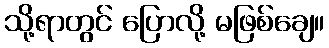
သို့ရာတွင် ပြောလို့ မဖြစ်ချေ။